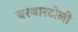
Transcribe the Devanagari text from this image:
बरथारटोली